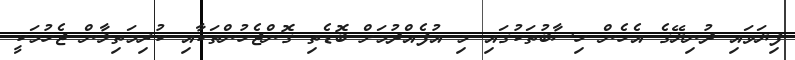
ފިޔަވައި ދުނިޔޭގެ އެހެން ހިސާބުތަކުގައި މި އުފެއްދުމަށް ބޮޑެތި ގޮންޖެހުންތަކާއި ކުރިމަތިލާން ޖެހުމަކީ